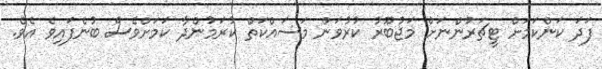
ފަދަ ކަންކަމަށް ޓީޗަރުންނަށް މަޖުބޫރު ކުރުވަން މަސައްކަތް ކުރަމުންދާ ކަމަށްވެސް ބުނެފައިވެ އެވެ.